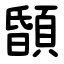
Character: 䫒